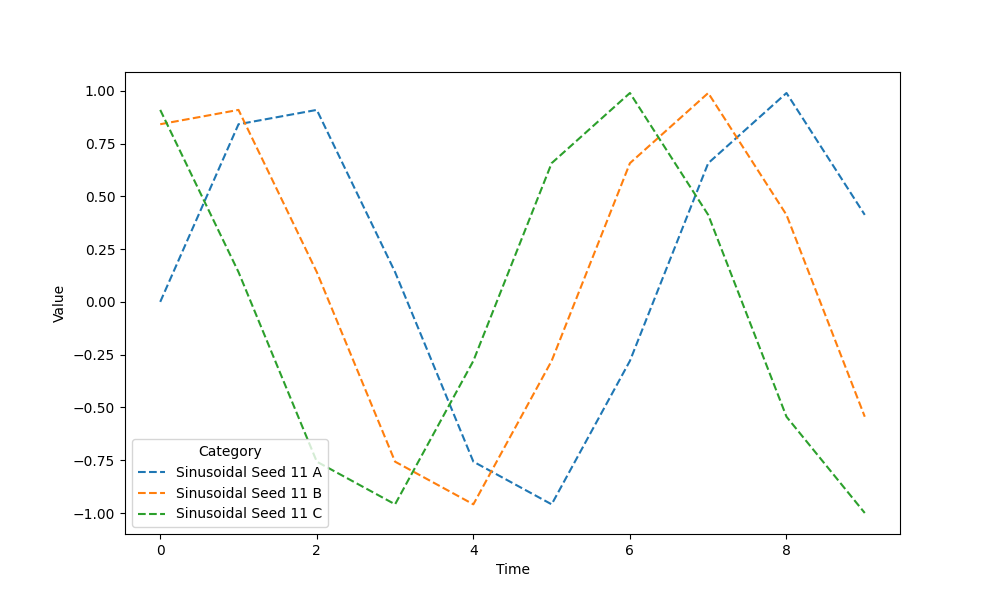
python, seaborn, lineplot, style='dashed', marker='None'